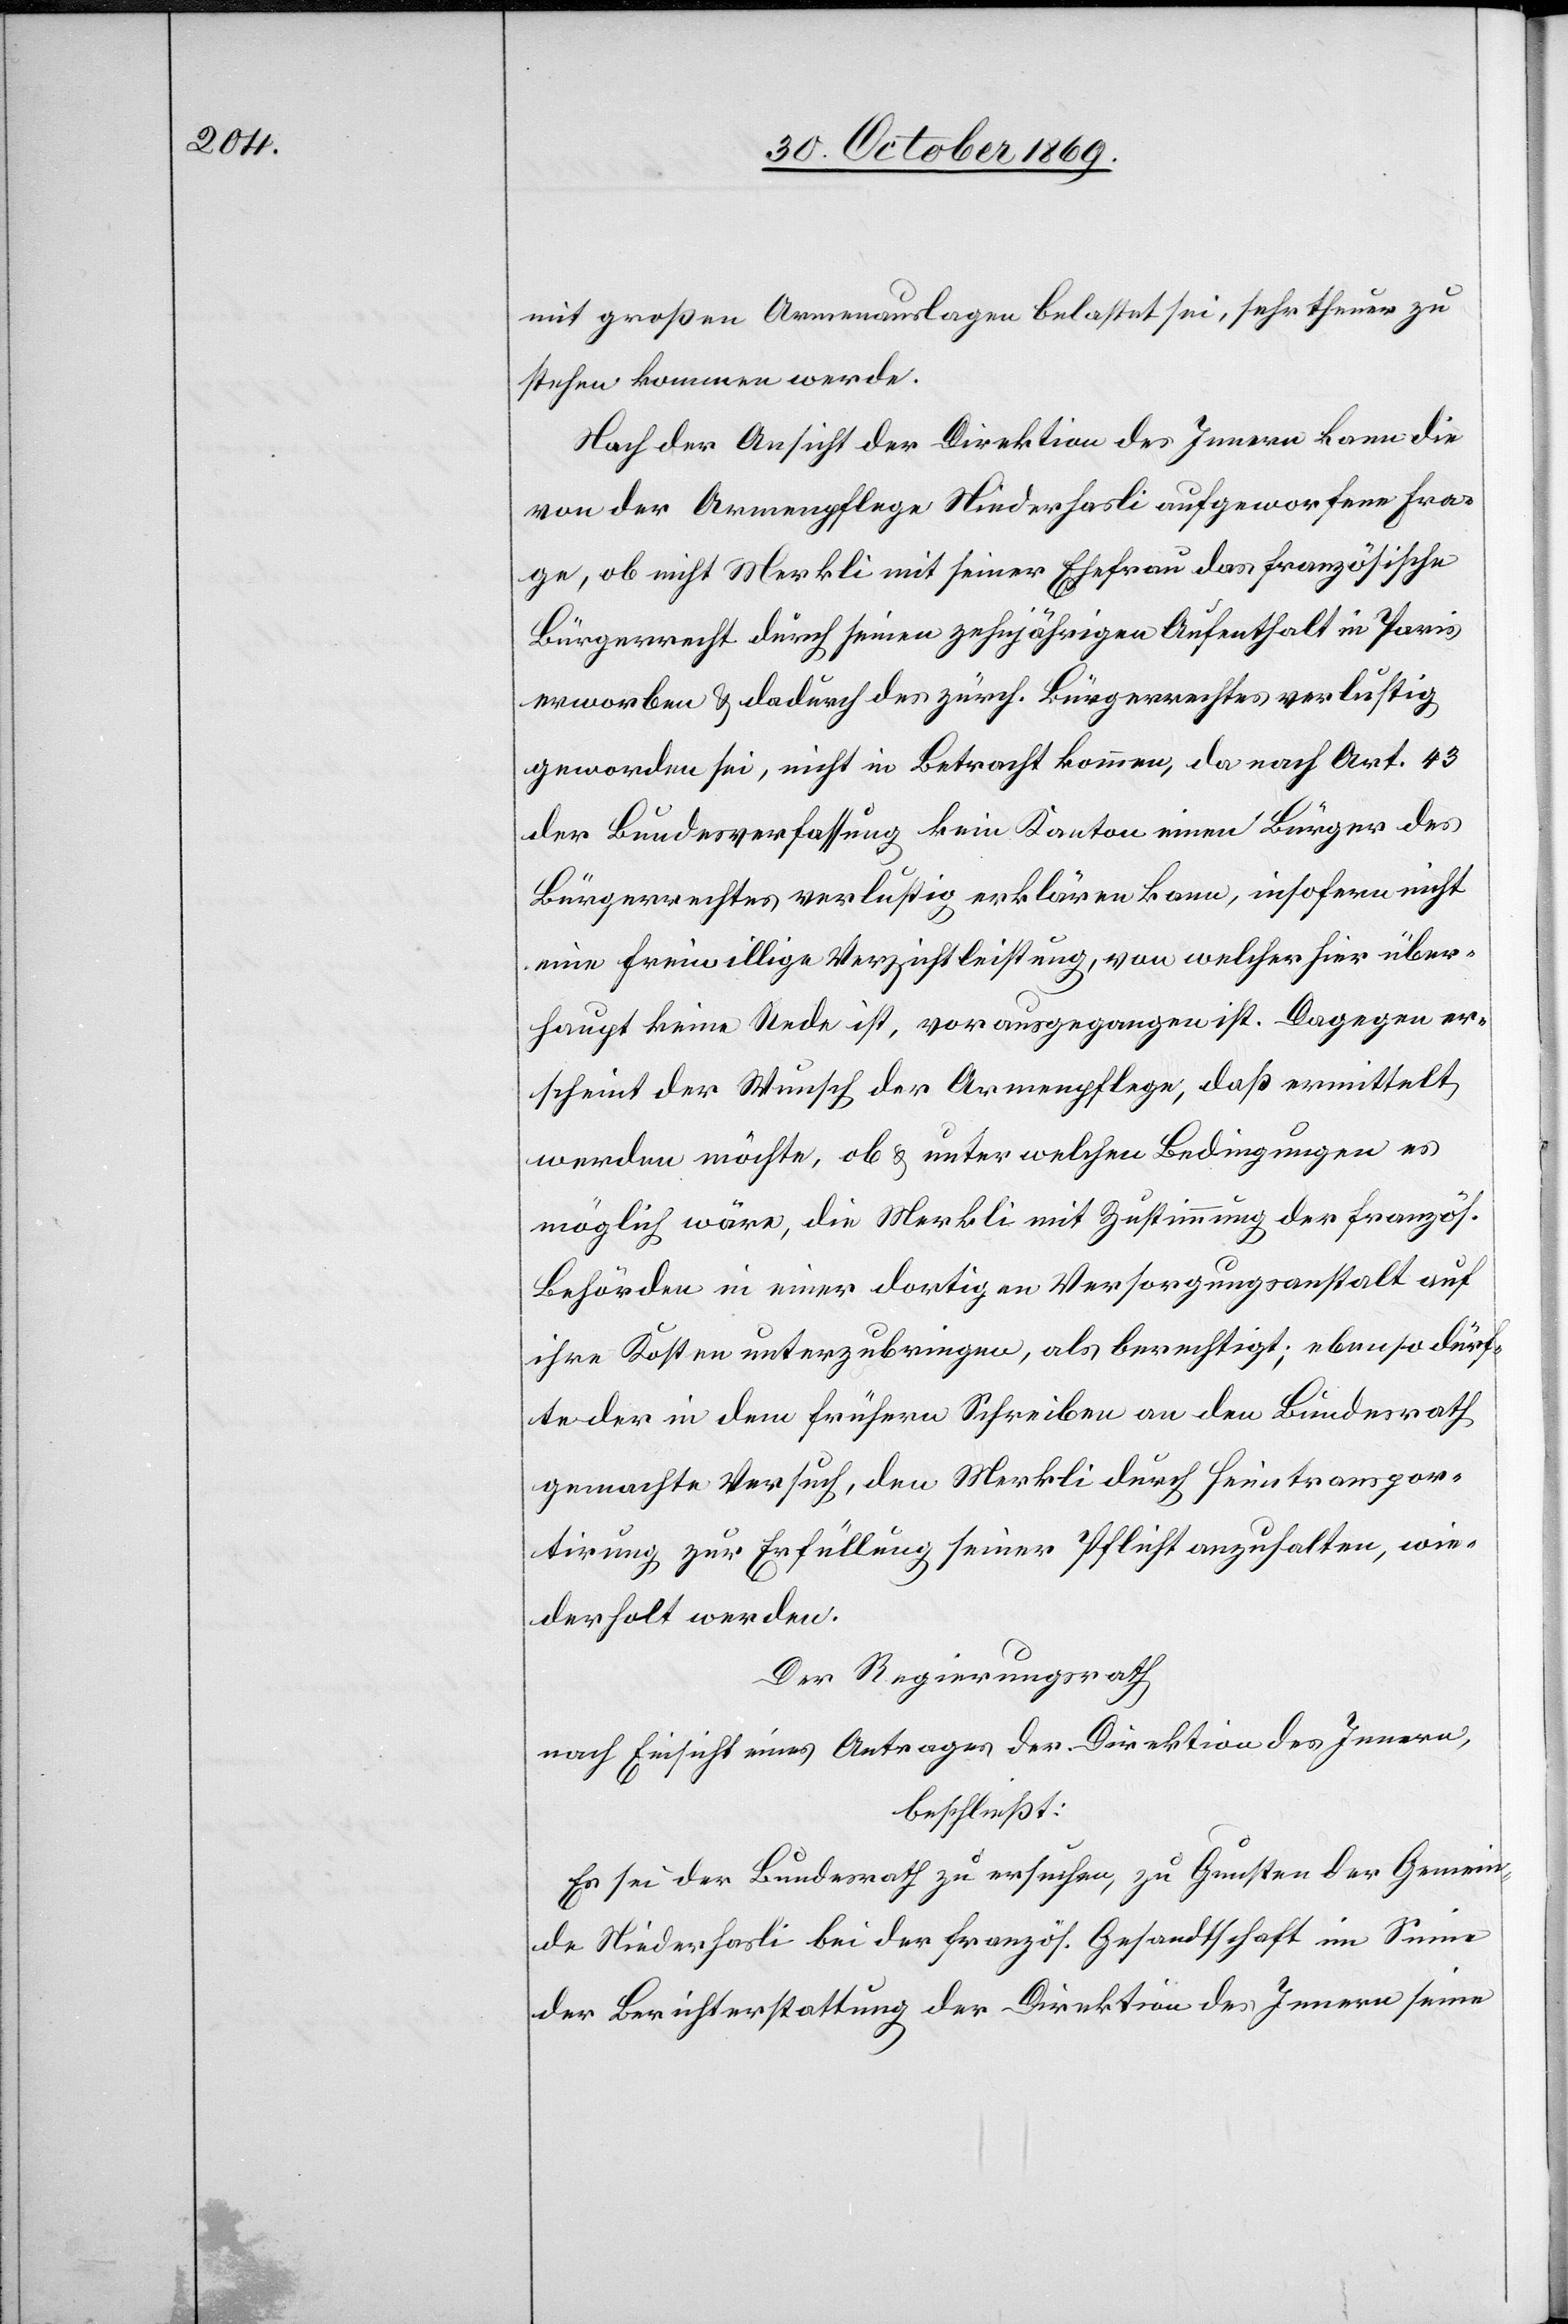
mit großen Armenauslagen belastet sei, sehr theuer zu
stehen kommen werde.
Nach der Ansicht der Direktion des Innern kann die
von der Armenpflege Niederhasli aufgeworfene Fra¬
ge, ob nicht Merkli mit seiner Ehefrau das französische
Bürgerrecht durch seinen zehnjährigen Aufenthalt in Paris
erworben & dadurch des zürch. Bürgerrechtes verlustig
geworden sei, nicht in Betracht kommen, da nach Art. 43
der Bundesverfassung kein Kanton einen Bürger des
Bürgerrechtes verlustig erklären kann, insofern nicht
eine freiwillige Verzichtleistung, von welcher hier über¬
haupt keine Rede ist, vorausgegangen ist. Dagegen er¬
scheint der Wunsch der Armenpflege, daß ermittelt
werden möchte, ob & unter welchen Bedingungen es
möglich wäre, die Merkli mit Zustimmung der französ.
Behörden in einer dortigen Versorgungsanstalt auf
ihre Kosten unterzubringen, als berechtigt; ebenso dürf¬
te der in dem frühern Schreiben an den Bundesrath
gemachte Versuch, den Merkli durch Heimtranspor¬
tirung zur Erfüllung seiner Pflicht anzuhalten, wie¬
derholt werden.
Der Regierungsrath
nach Einsicht eines Antrages der Direktion des Innern,
beschließt:
Es sei der Bundesrath zu ersuchen, zu Gunsten der Gemein¬
de Niederhasli bei der französ. Gesandtschaft im Sinne
der Berichterstattung der Direktion des Innern seine